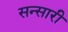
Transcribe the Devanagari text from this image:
सन्सारी